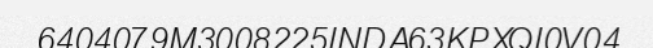
6404079M3008225INDA63KPXQI0V04